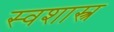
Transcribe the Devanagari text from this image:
स्वशास्त्र